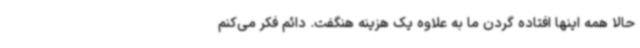
حالا همه اینها افتاده گردن ما به علاوه یک هزینه هنگفت. دائم فکر می‌کنم